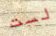
لست